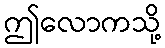
ဤလောကသို့